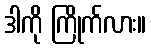
ဒါကို ကြိုက်လား။